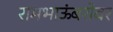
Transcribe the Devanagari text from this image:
रामभाऊंबरोबर